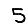
Digit: 5